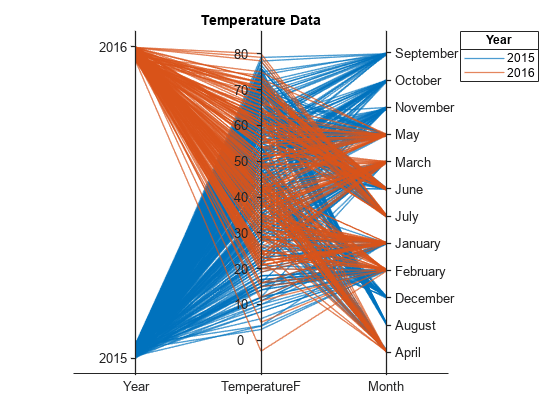
matlab, parallelplot